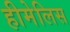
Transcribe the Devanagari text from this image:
हीमेलिस